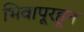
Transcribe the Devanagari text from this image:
भिवापूरहून